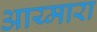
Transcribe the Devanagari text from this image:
आय्मारा